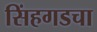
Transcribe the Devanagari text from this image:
सिंहगडचा